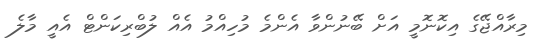
މިރާއްޖޭގެ އިކޮނޮމީ އަށް ބޭނުންވާ އެންމެ މުހިއްމު އެއް ލުބްރިކަންޓް އެއީ މާލެ